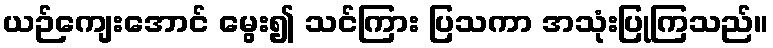
ယဉ်ကျေးအောင် မွေး၍ သင်ကြား ပြသကာ အသုံးပြုကြသည်။